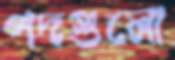
পদগুলো